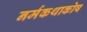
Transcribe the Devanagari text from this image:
नर्मकथाकोष